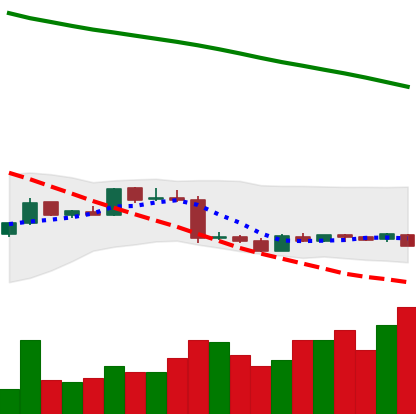
Ticker: XMR-USD
Chart end date: 2019-01-20
Forward return: 6.293%
Label: up_5_7